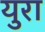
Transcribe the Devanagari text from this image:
युरा